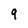
Character: 9